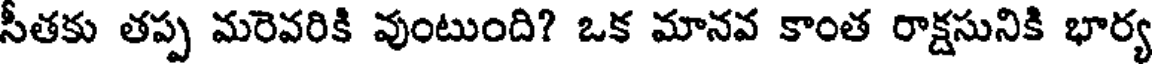
సీతకు తప్ప మరెవరికి వుంటుంది? ఒక మానవ కాంత రాక్షసునికి భార్య